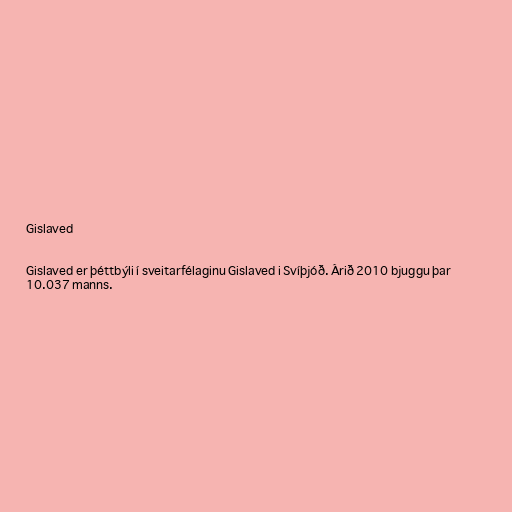
Gislaved

Gislaved er þéttbýli í sveitarfélaginu Gislaved i Svíþjóð. Árið 2010 bjuggu þar
10.037 manns.